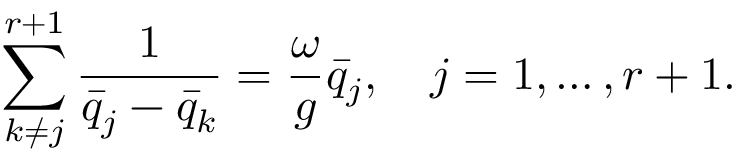
\sum _ { k \ne j } ^ { r + 1 } { \frac { 1 } { \bar { q } _ { j } - \bar { q } _ { k } } } = { \frac { \omega } { g } } \bar { q } _ { j } , \quad j = 1 , \ldots , r + 1 .